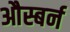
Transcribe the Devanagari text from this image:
औस्बर्न